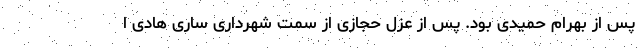
پس از بهرام حمیدی بود. پس از عزل حجازی از سمت شهرداری ساری هادی ا